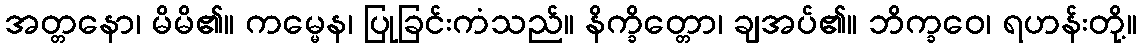
အတ္တနော၊ မိမိ၏။ ကမ္မေန၊ ပြုခြင်းကံသည်။ နိက္ခိတ္တော၊ ချအပ်၏။ ဘိက္ခဝေ၊ ရဟန်းတို့။